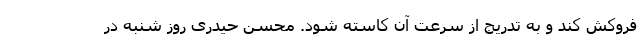
فروکش کند و به تدریج از سرعت آن کاسته شود. محسن حیدری روز شنبه در